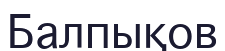
Балпықов